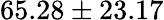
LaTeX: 65.28\pm 23.17